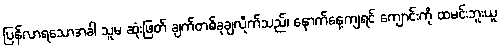
ပြန်လာရသောအခါ သူမ ဆုံးဖြတ် ချက်တစ်ခုချလိုက်သည်၊ နောက်နေ့ကျရင် ကျောင်းကို ထမင်းဘူးယူ